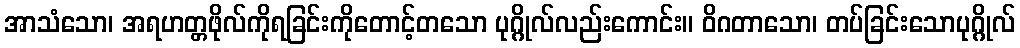
အာသံသော၊ အရဟတ္တဖိုလ်ကိုရခြင်းကိုတောင့်တသော ပုဂ္ဂိုလ်လည်းကောင်း။ ဝိဂတာသော၊ တပ်ခြင်းသောပုဂ္ဂိုလ်